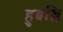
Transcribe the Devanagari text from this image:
हुब्बल्लि